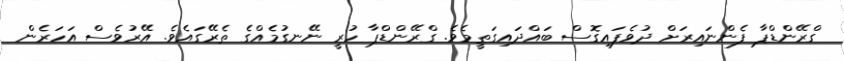
ގްރޭންޑްޕާ ފެންނައިރަށް ދުވެފައިގޮސް ބައްދައިގަތީމެވެ. ގްރޭންޑްޕާ ހުރީ ނޭނގުމެއްގެ ތެރޭގައެވެ. އޭރުވެސް އަހަރެން